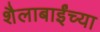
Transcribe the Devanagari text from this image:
शैलाबाईंच्या